Report on lock hospitals in British Burma
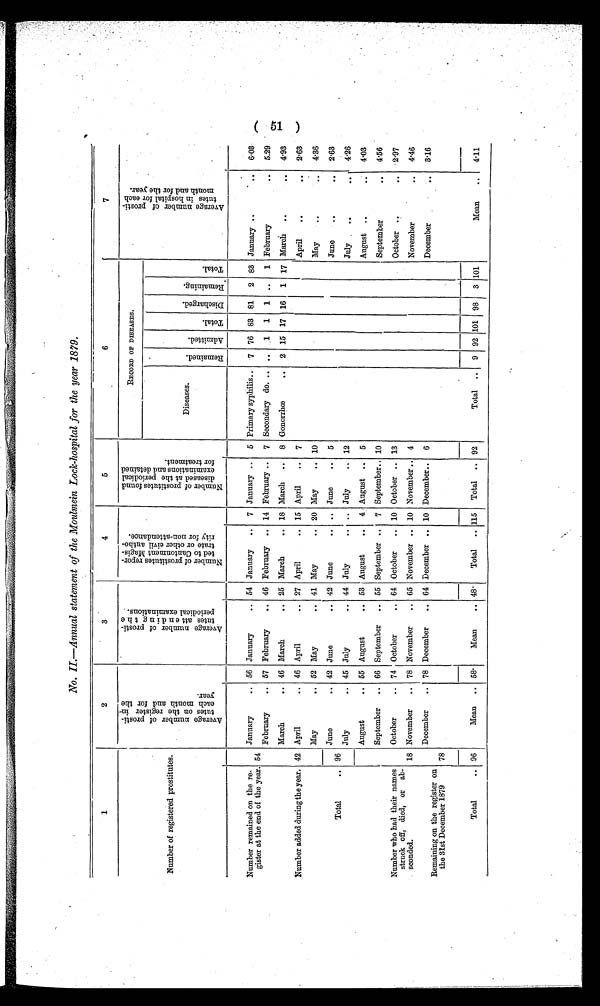
No. II—Annual statement of the Moulmein Lock-hospital . for the year 1879.
1
2
3
4
5
6
7
Number of registered prostitutes.
A v e r a g e n u m b e r o f p r o s t i - t u t e s o n t h e r e g i s t e r i n
e a c h m o n t h a n d f o r t h e
y e a r .
A v e r a g e n u m b e r o f p r o s t i -
t u t e s a t t e n d i n g t h e
p e r i o d i c a l e x a m i n a t i o n s .
N u m b e r o f p r o s t i t u t e s r e p o r -
t e d t o C a n t o n m e n t M a g i s -t
r a t e o r o t h e r c i v i l a u t h o -r
i t y f o r n o n - a t t e n d a n c e .
N u m b e r o f p r o s t i t u t e s f o u n d
d i s e a s e d a t t h e p e r i o d i c a le
x a m i n a t i o n s a n d d e t a i n e df
o r t r e a t m e n t .
RECORD OF DISEASES.
A v e r a g e n u m b e r o f p r o s t i -
t u t e s i n h o s p i t a l f o r e a c h
m o n t h a n d f o r t h e y e a r .
Diseases.
R e m a i n e d .
A d m i t t e d .
T o t a l .
D i s c h a r g e d .
R e m a i n i n g .
T o t a l .
Number remained on the re-
gister at the end o f the year. 54
January
.. 56 January
.. 54 January
.. 7 January ..
5 Primary syphilis.. 7 76 83 81
2 83 January ..
..
6.03
February
.. 57 February
.. 46 February .. 14 February ..
7 Secondary do. .. ..
1
1
1 ..
1 February
..
5.29
March
.. 46 March
.. 25 March
.. 18 March ..
8 Gonorrhœ
.. 2 15 17 16
1 17 March ..
..
4.93
Number added during the year. 42 April
.. 46 April
.. 27 April
.. 15 April
.. 7
April
..
..
2.63
May
.. 52 May
.. 41 May
.. 20 May
.. 10
May
..
..
4.36
Total
.. 96
June
.. 42 June
.. 42 June
.. .. June
.. 5
June
..
2.63
July
.. 45 July
.. 44 July
July
.. 12
July
..
..
4.26
August
.. 55 August
.. 53 August
.. 4 August .. 5
August
..
4.03
September
.. 66 September
.. 55 September .. 7 September.. 10
September
..
4.56
Number who had their names
struck off, died, or ab-
sconded.
18
October
..
November
..
74
78
October
..
November
..
64
65
October
..
November ..
10
10
October ..
November ..
13
4
October ..
Novembe ..
.. 2.97 4 . 4 6
December
.. 78 December
.. 64 December .. 10 December.. 6
December
..
3.16
Remaining on the register on
the 31st December 1879
78
Total
.. 96
Mean .. 58.
Mean
.. 48.
Total .. 115 Total .. 92
Total .. 9 92 101 98
3 101
Mean
..
4.11
( 5 1 )